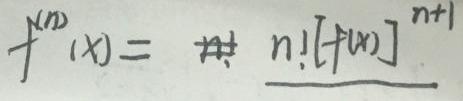
\[ f^{(n)}(x)=n![f(x)]^{n + 1} \]